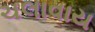
ચલાવાય